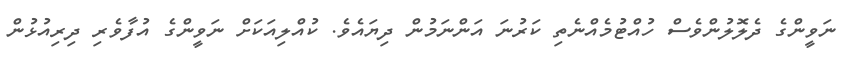
ނަވީންގެ ދެލޮލުންވެސް ހުއްޓުމެއްނެތި ކަރުނަ އަންނަމުން ދިޔައެވެ. ކުއްލިއަކަށް ނަވީންގެ އުފާވެރި ދިރިއުޅުން